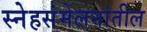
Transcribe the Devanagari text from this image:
स्नेहसंमेलनांतील